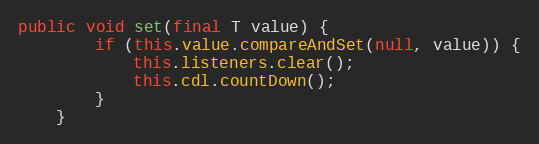
Language: Java
public void set(final T value) {
		if (this.value.compareAndSet(null, value)) {
			this.listeners.clear();
			this.cdl.countDown();
		}
	}